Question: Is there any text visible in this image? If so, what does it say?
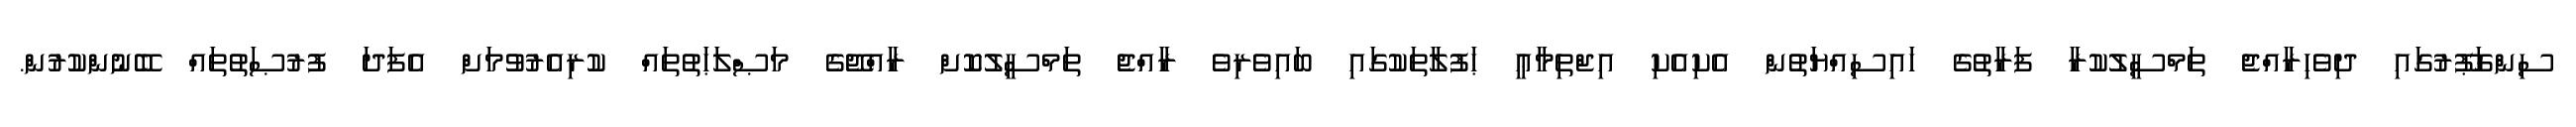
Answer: ސިންގަޕޫރުގައި ދިވެހިރާއްޖެ ތަމްސީލުކުރާ ފަރާތުގެ ހައިސިއްޔަތުން އެކިއެކި އިޖްތިމާޢީ ޙަފުލާތަކުގައި ބައިވެރިވެ ރާއްޖެ ތަމްސީލުކޮށް ރާއްޖޭގެ މަޞްލަޙަތުތައް ކުރިއެރުވުމަށް އެފަދަ ފުރުޞަތުތައް ބޭނުންކުރުން.